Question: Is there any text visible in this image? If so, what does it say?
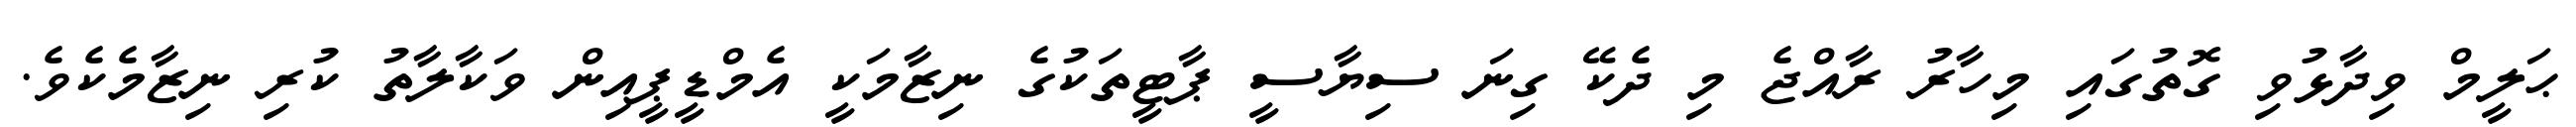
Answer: ޙަލީމް ވިދާޅުވި ގޮތުގައި މިހާރު ރާއްޖެ މި ދެކޭ ގިނަ ސިޔާސީ ޕާޓީތަކުގެ ނިޒާމަކީ އެމްޑީޕީއިން ވަކާލާތު ކުރި ނިޒާމެކެވެ.